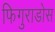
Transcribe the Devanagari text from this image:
फिगुराडोस